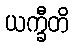
ယက္ခီတိ